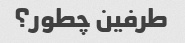
طرفین چطور؟